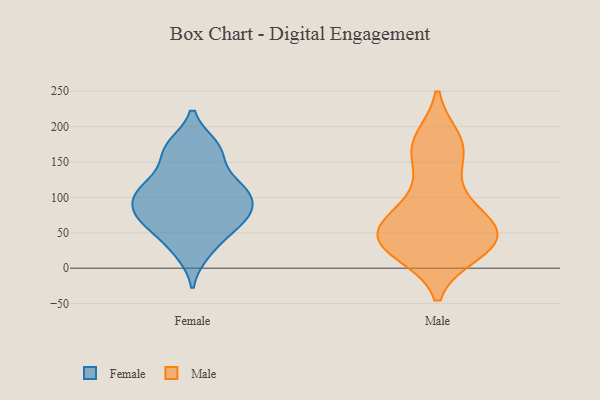
{"axis": {"x": "Market Share (%)", "y": "Value"}, "legend": ["Female", "Male"], "data": [{"x": "", "y": 108, "type": "Female"}, {"x": "", "y": 74, "type": "Female"}, {"x": "", "y": 113, "type": "Female"}, {"x": "", "y": 70, "type": "Female"}, {"x": "", "y": 108, "type": "Female"}, {"x": "", "y": 111, "type": "Female"}, {"x": "", "y": 151, "type": "Female"}, {"x": "", "y": 45, "type": "Female"}, {"x": "", "y": 171, "type": "Female"}, {"x": "", "y": 69, "type": "Female"}, {"x": "", "y": 22, "type": "Female"}, {"x": "", "y": 82, "type": "Female"}, {"x": "", "y": 173, "type": "Female"}, {"x": "", "y": 74, "type": "Male"}, {"x": "", "y": 166, "type": "Male"}, {"x": "", "y": 49, "type": "Male"}, {"x": "", "y": 87, "type": "Male"}, {"x": "", "y": 181, "type": "Male"}, {"x": "", "y": 23, "type": "Male"}, {"x": "", "y": 34, "type": "Male"}, {"x": "", "y": 138, "type": "Male"}, {"x": "", "y": 35, "type": "Male"}, {"x": "", "y": 170, "type": "Male"}, {"x": "", "y": 50, "type": "Male"}, {"x": "", "y": 27, "type": "Male"}, {"x": "", "y": 28, "type": "Male"}, {"x": "", "y": 180, "type": "Male"}, {"x": "", "y": 56, "type": "Male"}, {"x": "", "y": 93, "type": "Male"}, {"x": "", "y": 54, "type": "Male"}, {"x": "", "y": 43, "type": "Male"}]}